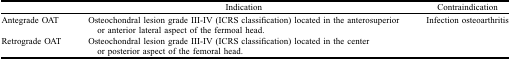
|  | Indication | Contraindication |
 | --- | --- | --- |
 | Antegrade OAT | Osteochondral lesion grade III-IV (ICRS classification) located in the anterosuperior or anterior lateral aspect of the fermoal head. | <ROWSPAN=2> Infection osteoarthritis |
 | Retrograde OAT | Osteochondral lesion grade III-IV (ICRS classification) located in the center or posterior aspect of the femoral head. |